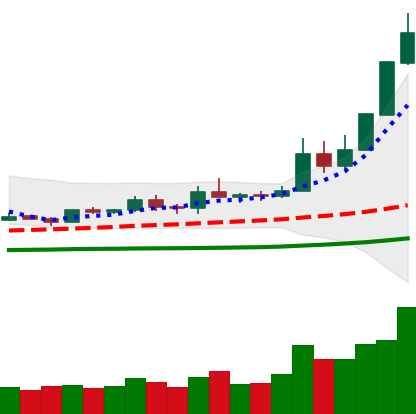
Ticker: ETH-USD
Chart end date: 2019-05-16
Forward return: -3.331%
Label: down_3_5